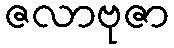
ဇလာဗုဇာ